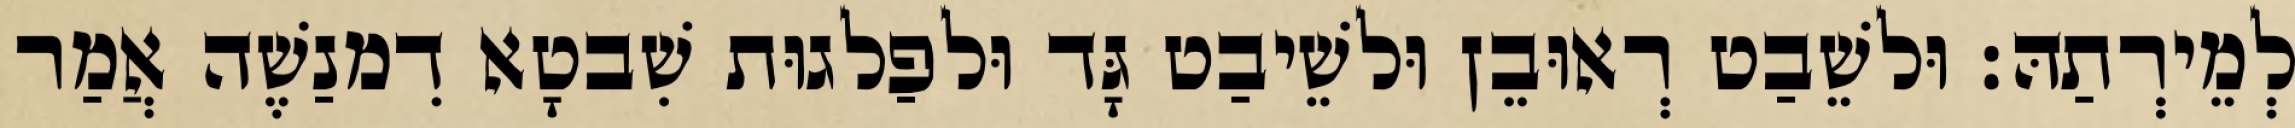
לְמֵירְתַהּ׃ וּלשֵׁבַט רְאוּבֵן וּלשֵׁיבַט גָּד וּלפַלגוּת שִׁבטָא דִמנַשֶׁה אֲמַר